Lunatic asylums Punjab 1911-1921 - 1911-1921
Year: 1911
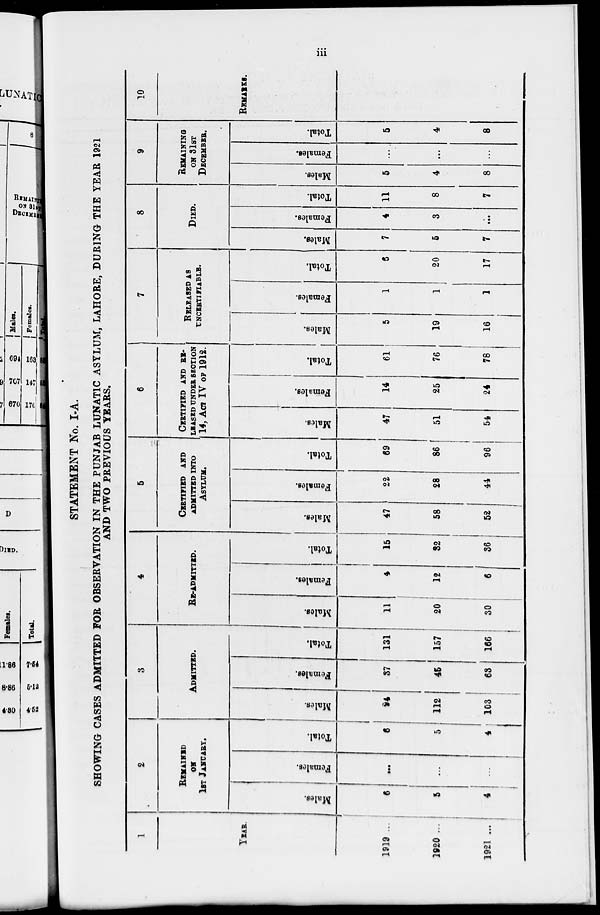
iii
STATEMENT No. I-A.
SHOWING CASES ADMITTED FOR OBSERVATION IN THE PUNJAB LUNATIC ASYLUM, LAHORE, DURING THE YEAR 1921
AND TWO PREVIOUS YEARS.
1
YEAR.
1919 ...
1920 ...
1921 ...
2
REMAINED
ON
1ST JANUARY.
Males.
6
5
4
Females.
...
...
...
Total.
6
5
4
3
ADMITTED.
Males.
94
112
103
Females.
37
45
63
Total.
131
157
166
4
RE-ADMITTED.
Males.
11
20
30
Females.
4
12
6
Total.
15
32
36
5
CERTIFIED AND
ADMITTED INTO
ASYLUM.
Males.
47
58
52
Females.
22
28
44
Total.
69
86
96
6
CERTIFIED AND RE-
LEASED UNDER SECTION
14, ACT IV OF 1912.
Males.
47
51
54
Females.
14
25
24
Total.
61
76
78
7
RELEASED AS
UNCERTIFIABLE.
Males.
5
19
16
Females.
1
1
1
Total.
6
20
17
8
DIED.
Males.
7
5
7
Females.
4
3
...
Total.
11
8
7
9
REMAINING
ON 31ST
DECEMBER.
Males.
5
4
8
Females.
...
...
...
Total.
5
4
8
10
REMARKS.